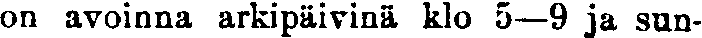
on avoinna arkipäivinä klo 5—9 ja sun-